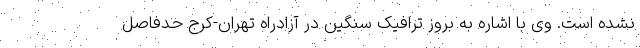
نشده است. وی با اشاره به بروز ترافیک سنگین در آزادراه تهران-کرج حدفاصل